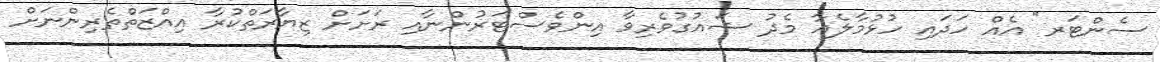
ސެންޓަރ" އެއް ހަދައި ހުޅުމާލެއާ މެދު ޝައުގުވެރިވާ އިންވެސްޓަރުންނާއި ރަށަށް ޒިޔާރަތްކުރާ އިއްޒަތްތެރިންނަށް